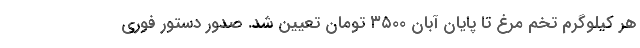
هر کیلوگرم تخم مرغ تا پایان آبان ۳۵۰۰ تومان تعیین شد. صدور دستور فوری